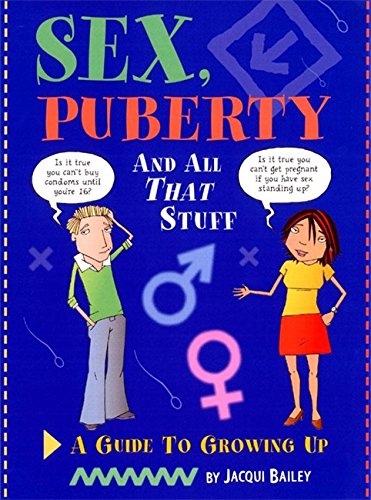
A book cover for Sex, Puberty and All That Stuff (One Shot); Jacqui Bailey; Teen & Young Adult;